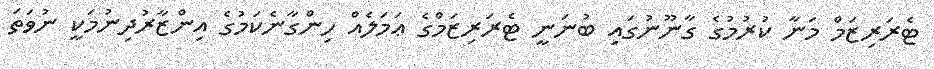
ޓެރަރިޒަމް މަނާ ކުރުމުގެ ގާނޫނުގައި ބުނަނީ ޓެރަރިޒަމްގެ ޢަމަލެއް ހިންގާނެކަމުގެ އިންޒާރުދިނުމަކީ ނުވަތަ